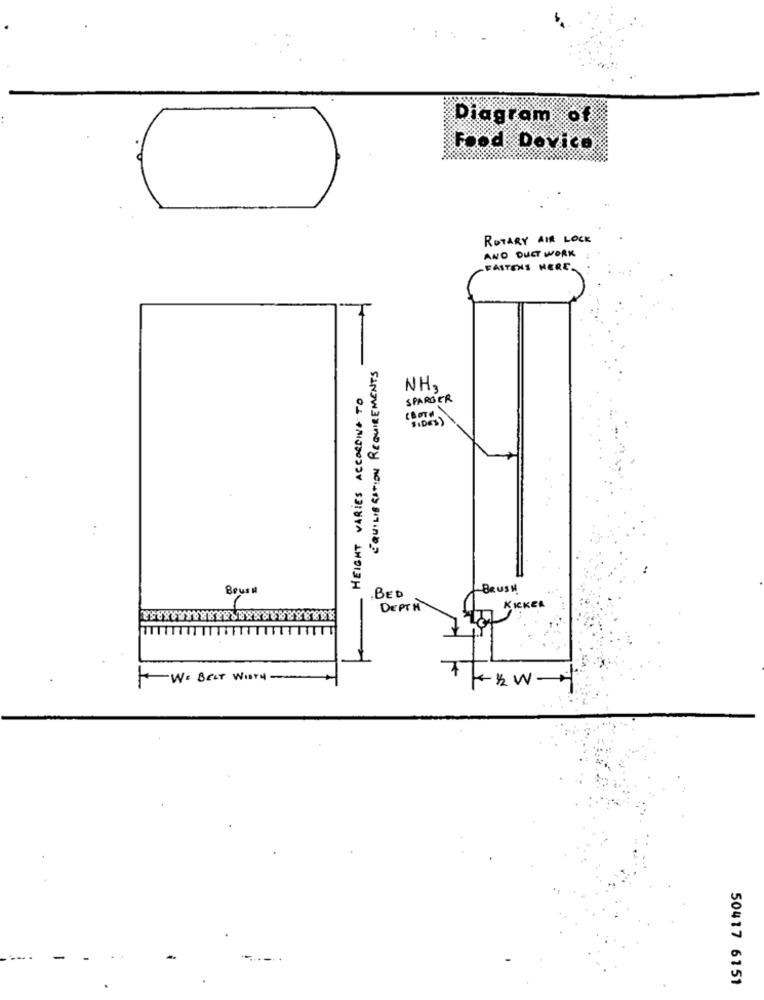
Diagram of
Food Dovico
ROTARY AIR LOCK
AND DUCT WORK
FASTENS MERE.
EQUILIBRATION REQUIREMENTS
HEIGHT VARIES ACCORDING TO
NH3
SPARGER
SIDES )
BourN
.BED
BRUSH
DEPTH
KICKER
TTTTTT
WE BELT WIDTH -
50417 6151